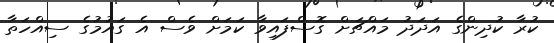
ކުރާ ކުދިންގެ އަދަދު މައްޗަށް ގޮސްފައިވާ ކަމަށް ވެސް އެ ގައުމުގެ ސިއްހަތާ